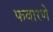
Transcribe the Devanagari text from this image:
फवारणे